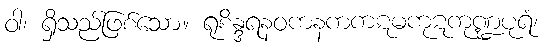
ဝါ၊ ရှိသည်ဖြစ်သော။ ရုစိန္ဒရနဝကနကကဋမကုဋကုဏ္ဍပုရံ၊